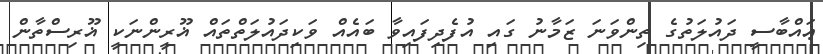
ޢައްބާސީ ދައުލަތުގެ ތިންވަނަ ޒަމާނު ގައި އުފެދިފައިވާ ބައެއް ވަކިދައުލަތްތައް ޣޫރީންނަކީ ޣޫރިސްތާން